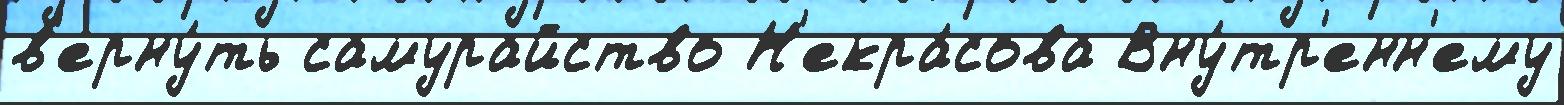
в'ерну́ть самурайство Н'екра́сова Вну́тр'енн'ему